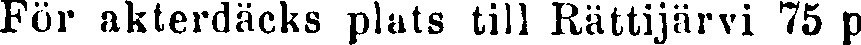
För akterdäcks plats till Rättijärvi 75 p